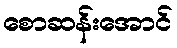
စောဆန်းအောင်